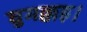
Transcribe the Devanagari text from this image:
घुमक्कड़।